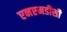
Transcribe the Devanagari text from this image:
एनएमडीसी